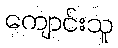
ကျောင်းသူ